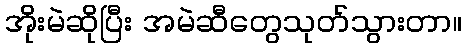
အိုးမဲဆိုပြီး အမဲဆီတွေသုတ်သွားတာ။